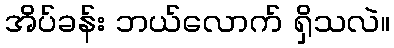
အိပ်ခန်း ဘယ်လောက် ရှိသလဲ။